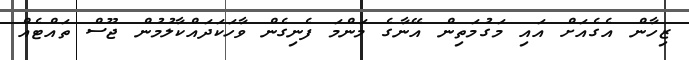
ޒިހާން އެގެއަށް އައި މަގުމަތިން އޭނާގެ މަންމަ ފެނިގެން ވާހަކަދައްކާލުމުން ޖޫސް ތައްޓެއް